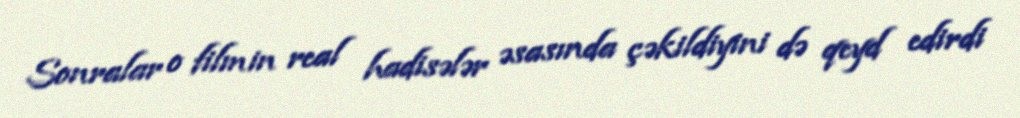
Sonralar o filmin real hadisələr əsasında çəkildiyini də qeyd edirdi